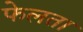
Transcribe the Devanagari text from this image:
फेलता